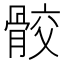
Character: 骹